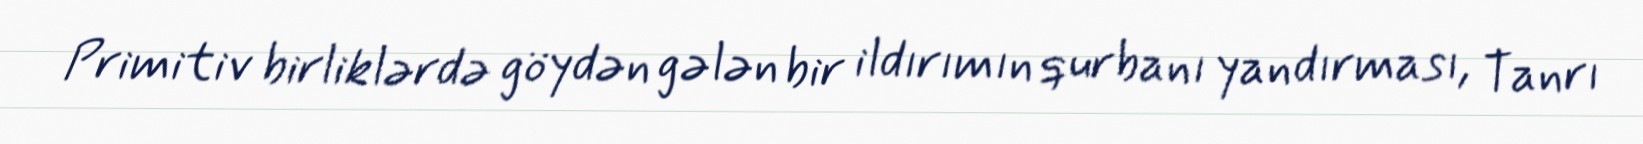
Primitiv birliklərdə göydən gələn bir ildırımın qurbanı yandırması, Tanrı